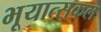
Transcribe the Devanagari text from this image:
भूयात्सकल